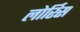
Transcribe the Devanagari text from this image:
लोर्रिस